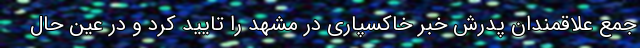
جمع علاقمندان پدرش خبر خاکسپاری در مشهد را تایید کرد و در عین حال